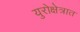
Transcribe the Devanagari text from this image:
युरोक्षेत्रात